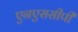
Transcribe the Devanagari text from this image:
एनएससीपी